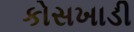
કોસખાડી